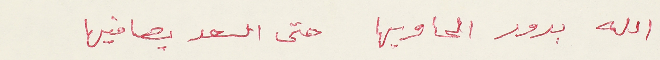
الله بدور الحاويها حتى السعد يصافيها